Civil Veterinary Dept. Bombay admin report 1914-1922 - 1914-1922
Year: 1914
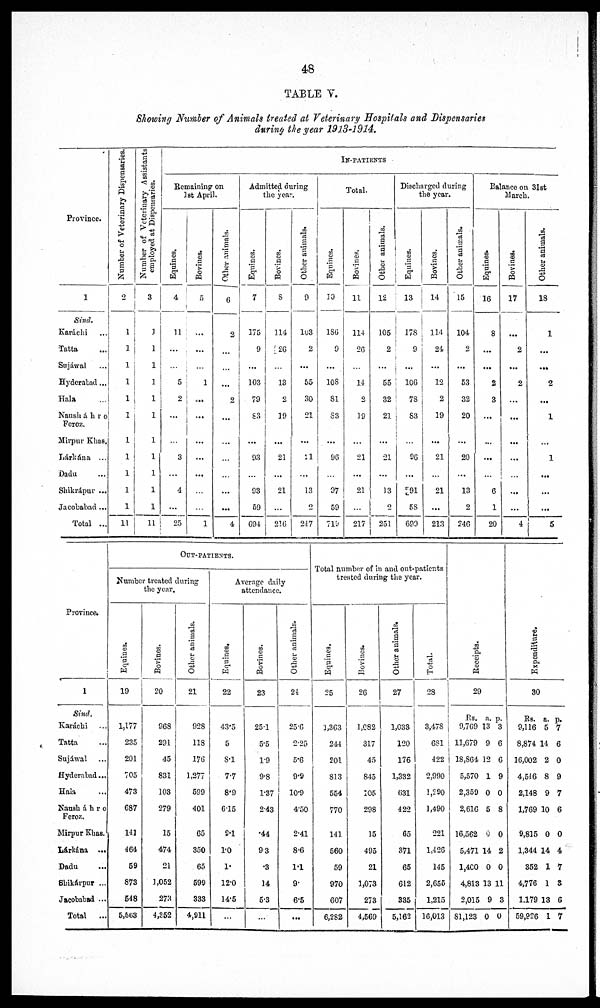
48
TABLE V.
Showing Number of Animals treated at Veterinary Hospitals and Dispensaries
during the year 1913-1914.
Province.
1
Sind.
Karachi ...
Tatta ...
Sujáwal ...
Hyderabad ...
Hala ...
Nausáhro
Feroz.
Mirpur Khas.
Lárkána ...
Dadu ..
Shikrápur ...
Jacobabad ...
Total ...
Number of Veterinary Dispensaries.
2
1
1
1
1
1
1
1
1
1
1
1
11
Number of Veterinary Assistants
employed at Dispensaries.
3
1
1
1
1
1
1
1
1
1
1
1
11
IN-PATIENTS
Remaining on
1st April.
Equines.
4
11
...
...
5
2
...
...
3
...
4
...
25
Bovines.
5
...
...
...
1
...
...
...
...
...
...
...
1
Other animals.
6
2
...
...
...
2
...
...
...
...
...
...
4
Admitted during
the year.
Equines.
7
175
9
...
103
79
83
...
93
...
93
59
694
Bovines.
8
114
26
...
13
2
19
...
21
...
21
...
216
Other animals.
9
103
2
...
55
30
21
...
11
...
13
2
247
Total.
Equines.
10
186
9
...
108
31
83
...
96
...
97
59
719
Bovines.
11
114
26
...
14
2
19
...
21
...
21
...
217
Other animals.
12
105
2
...
55
32
21
...
21
...
13
2
251
Discharged during
the year.
Equines.
13
178
9
...
106
73
83
...
96
...
91
58
699
Bovines.
14
114
24
...
12
2
19
...
21
...
21
...
213
Other animals.
15
104
2
...
53
32
20
...
20
...
13
2
246
Balance on 31st
March.
Equines.
16
8
...
...
2
3
...
...
...
...
6
1
20
Bovines.
17
...
2
...
2
...
...
...
...
...
...
...
4
Other animals.
18
1
...
...
2
...
1
...
1
...
...
...
5
Province.
1
Sind,
Karáchi ...
Tatta ...
Sujáwal ...
Hyderabad ...
Hala ...
Nauskáhro
Feroz,
Mirpur Khas.
Lárkána
...
Dadu ...
Shikárpur ...
Jacobabad ...
Total
...
OUT-PATIENTS
Number treated during
the year.
Equines.
19
1,177
235
201
705
473
687
141
464
59
873
548
5,563
Bovines.
20
968
291
45
831
103
279
15
474
21
1,052
273
4,352
Other animals.
21
928
118
176
1,277
599
401
65
350
65
599
333
4,911
Average daily
attendance.
Equines.
22
43.5
5
8.1
7.7
8.9
6.15
2.1
1.0
1.
12.0
14.5
...
Bovines.
23
25.1
5.5
1.9
9.8
1.37
2.43
.44
93
.3
14
5.3
...
Other animals.
24
25.6
2.25
5.6
9.9
10.9
4.50
2.41
8.6
1.1
9.
6.5
...
Total number of in and out.patients
treated during the year.
Equines.
25
1,363
244
201
813
554
770
141
560
59
970
607
6,282
Bovines.
26
1,082
317
45
845
105
298
15
495
21
1,073
273
4,569
Other animals.
27
1,033
120
176
1,332
631
422
65
371
65
612
335
5,162
Total.
28
3,478
681
422
2,990
1,290
1,490
221
1,426
145
2,655
1,215
16,013
Receipts.
29
Rs.
9,769
11,679
18,864
5,570
2,359
2,616
16,562
5,471
1,400
4,813
2,015
81,123
a.
13
9
12
1
0
5
0
14
0
13
9
0
p.
3
6
6
9
0
8
0
2
0
11
3
0
Expenditure.
30
Rs.
9,116
8,874
16,002
4,546
2,148
1,769
9,815
1,344
352
4,776
1,179
59,926
a.
5
14
2
8
9
10
0
14
1
1
13
1
p.
7
6
0
9
7
6
0
4
7
3
6
7